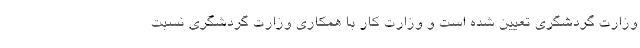
وزارت گردشگری تعیین شده است و وزارت کار با همکاری وزارت گردشگری نسبت